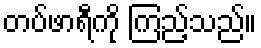
တပ်ဖာရီကို ကြည့်သည်။